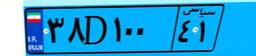
۳۸D۱۰۰۴۱